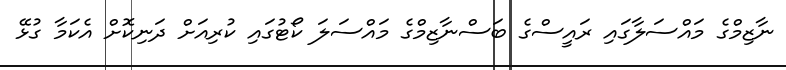
ނާޒިމްގެ މައްސަލާގައި ރައީސްގެ ބަސްނާޒިމްގެ މައްސަލަ ކޯޓުގައި ކުރިއަށް ދަނިކޮށް އެކަމާ ގުޅޭ